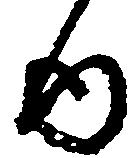
ゆ